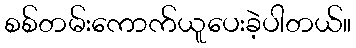
စစ်တမ်းကောက်ယူပေးခဲ့ပါတယ်။